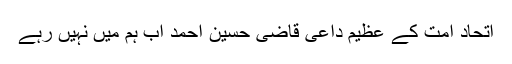
اتحاد امت کے عظیم داعی قاضی حسین احمد اب ہم میں نہیں رہے